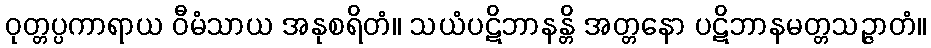
ဝုတ္တပ္ပကာရာယ ဝီမံသာယ အနုစရိတံ။ သယံပဋိဘာနန္တိ အတ္တနော ပဋိဘာနမတ္တသဉ္ဇာတံ။